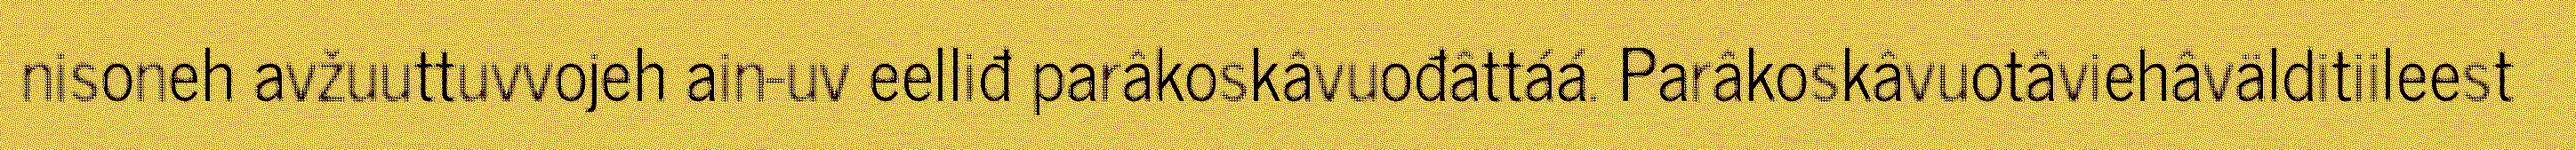
nisoneh avžuuttuvvojeh ain-uv eelliđ parâkoskâvuođâttáá. Parâkoskâvuotâviehâvälditiileest